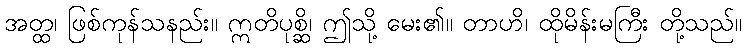
အတ္ထ၊ ဖြစ်ကုန်သနည်း။ ဣတိပုစ္ဆိ၊ ဤသို့ မေး၏။ တာဟိ၊ ထိုမိန်းမကြီး တို့သည်။